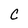
Character: C